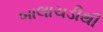
બાલાચડીથી